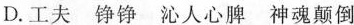
D.工夫 铮铮 沁人心脾 神魂颠倒